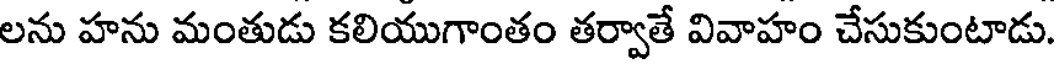
లను హను మంతుడు కలియుగాంతం తర్వాతే వివాహం చేసుకుంటాడు.